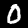
Digit: 0